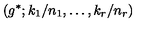
\left( g ^ { * } ; k _ { 1 } / n _ { 1 } , \ldots , k _ { r } / n _ { r } \right)